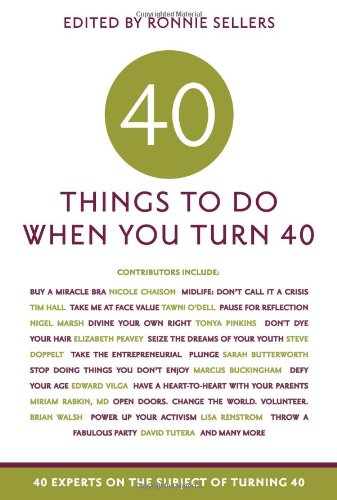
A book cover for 40 Things to Do When You Turn 40: 40 Experts on the Subject of Turning 40; Allison Kyle Leopold; Health, Fitness & Dieting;